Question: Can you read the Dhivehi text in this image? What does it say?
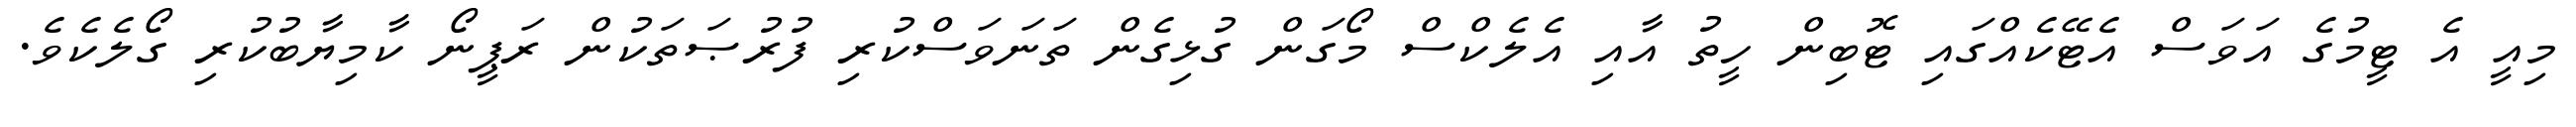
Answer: މިއީ އެ ޓީމުގެ އަވަސް އެޓޭކެއްގައި ޓޮބިން ހީތު އާއި އެލެކްސް މޯގަން ގުޅިގެން ތަނަވަސްކުރި ފުރުޞަތަކުން ރަޕީނޯ ކާމިޔާބުކުރި ގޯލެކެވެ.